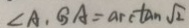
\angle A _ { 1 } G A = \arctan \sqrt { 2 }